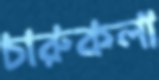
চারুকলা